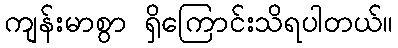
ကျန်းမာစွာ ရှိကြောင်းသိရပါတယ်။